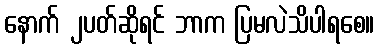
နောက် ၂ပတ်ဆိုရင် ဘာက ပြမလဲသိပါရစေ။